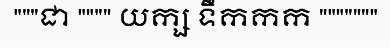
"""ជា """" យក្ស ទឹកកក """""""